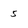
Character: 5